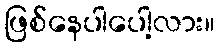
ဖြစ်နေပါပေါ့လား။